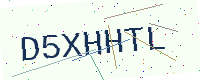
Text: D5XHHTL